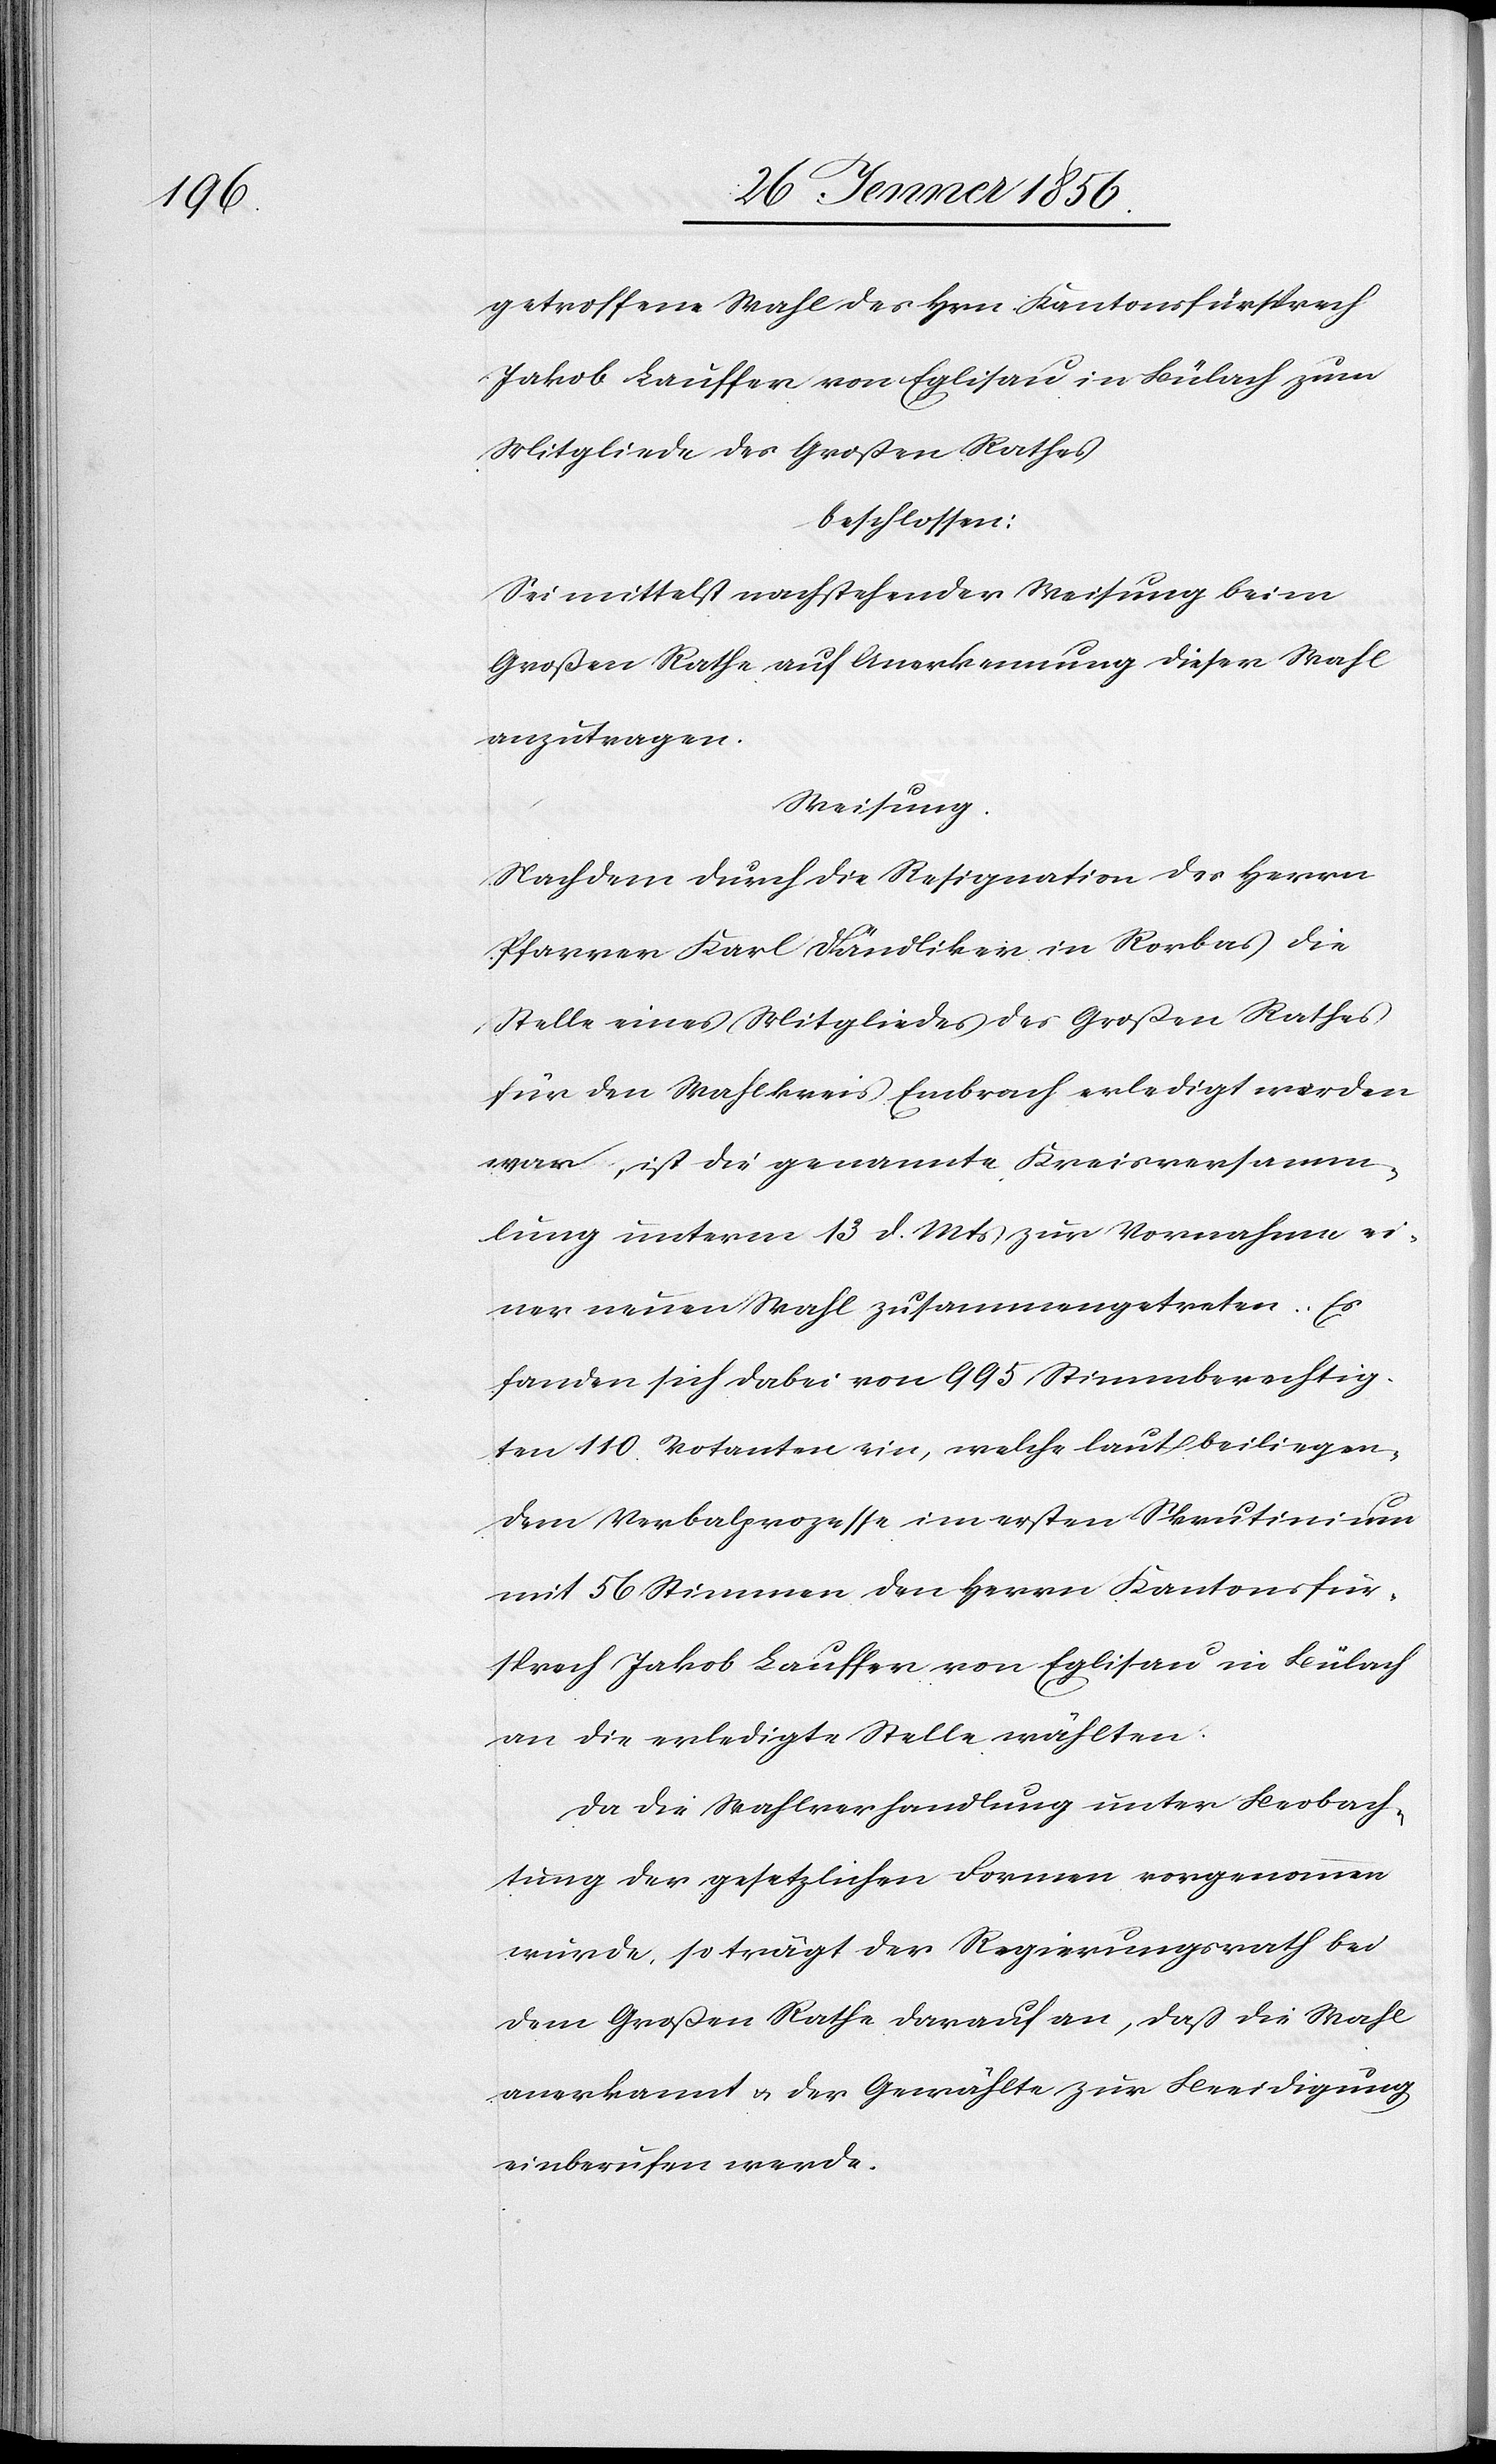
getroffene Wahl des Hrn. Kantonsfürsprech
Jakob Lauffer [sic!] von Eglisau in Bülach zum
Mitgliede des Großen Rathes
beschlossen:
Sei mittelst nachstehender Weisung beim
Großen Rathe auf Anerkennung dieser Wahl
anzutragen.
Weisung.
Nachdem durch die Resignation des Herrn
Pfarrer Karl Dändliker in Rorbas die
Stelle eines Mitgliedes des Großen Rathes
für den Wahlkreis Embrach erledigt worden
war, ist die genannte Kreisversamm¬
lung unterm 13 d. Mts zur Vornahme ei¬
ner neuen Wahl zusammengetreten. Es
fanden sich dabei von 995 Stimmberechtig¬
ten 110 Votanten ein, welche laut beiliegen¬
dem Verbalprozesse im ersten Skrutinium
mit 56 Stimmen den Herrn Kantonsfür¬
sprech Jakob Lauffer von Eglisau in Bülach
an die erledigte Stelle wählten.
Da die Wahlverhandlung unter Beobach¬
tung der gesetzlichen Formen vorgenommen
wurde, so trägt der Regierungsrath bei
dem Großen Rathe darauf an, daß die Wahl
anerkannt u. der Gewählte zur Beeidigung
einberufen werde.